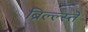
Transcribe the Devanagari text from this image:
ब्रिल्ल्स्तें